Relation of titanus [i.e. tetanus] to the hypodermic or intramuscular injection of quinine - Number 43
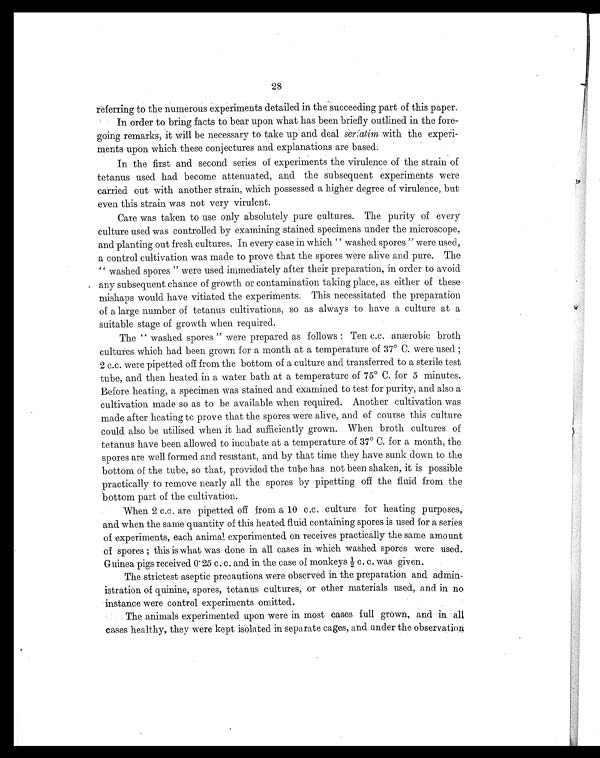
28
referring to the numerous experiments detailed in the succeeding part of this paper.
In order to bring facts to bear upon what has been briefly outlined in the fore-
going remarks, it will be necessary to take up and deal ser iatim with the experi-
ments upon which these conjectures and explanations are based.
In the first and second series of experiments the virulence of the strain of
tetanus used had become attenuated, and the subsequent experiments were
carried out with another strain, which possessed a higher degree of virulence, but
even this strain was not very virulent.
Care was taken to use only absolutely pure cultures. The purity of every
culture used was controlled by examining stained specimens under the microscope,
and planting out fresh cultures. In every case in which "washed spores" were used,
a control cultivation was made to prove that the spores were alive and pure. The
" w a s h e d s p o r e s " w e r e u s e d i m m e d i a t e l y a f t e r t h e i r p r e p a r a t i o n , i n o r d e r t o a v o i d
any subsequent chance of growth or contamination taking place, as either of these
mishaps would have vitiated the experiments. This necessitated the preparation
of a large number of tetanus cultivations, so as always to have a culture at a
suitable stage of growth when required.
The "washed spores" were prepared as follows : Ten c.c. anærobic broth
cultures which had been grown for a month at a temperature of 37° C. were used
; 2 c . c . w e r e p i p e t t e d o f f f r o m t h e b o t t o m o f a c u l t u r e a n d t r a n s f e r r e d t o a s t e r i l e t e s t
tube, and then heated in a water bath at a temperature of 75° C. for 5 minutes.
Before heating, a specimen was stained and examined to test for purity, and also a
cultivation made so as to be available when required. Another cultivation was
made after heating to prove that the spores were alive, and of course this culture
could also be utilised when it had sufficiently grown. When broth cultures of
tetanus have been allowed to incubate at a temperature of 37° C. for a month, the
spores are well formed and resistant, and by that time they have sunk down to the
bottom of the tube, so that, provided the tube has not been shaken, it is possible
practically to remove nearly all the spores by pipetting off the fluid from the
bottom part of the cultivation.
When 2 c.c. are pipetted off from a 10 c.c. culture for heating purposes,
and when the same quantity of this heated fluid containing spores is used for a series
of experiments, each animal experimented on receives practically the same amount
o f s p o r e s ; t h i s i s w h a t w a s d o n e i n a l l c a s e s i n w h i c h w a s h e d s p o r e s w e r e u s e d .
Guinea pigs received 0.25 c. c. and in the case of monkeys ½ c. c. was given.
The strictest aseptic precautions were observed in the preparation and admin-
istration of quinine, spores, tetanus cultures, or other materials used, and in no
instance were control experiments omitted.
The animals experimented upon were in most cases full grown, and in all
cases healthy, they were kept isolated in separate cages, and under the observation